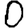
Digit: 0